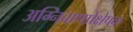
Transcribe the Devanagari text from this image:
अग्निबाणप्रेक्षेपक